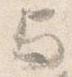
与